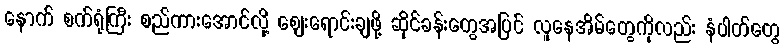
နောက် စက်ရုံကြီး စည်ကားအောင်လို့ ဈေးရောင်းချဖို့ ဆိုင်ခန်းတွေအပြင် လူနေအိမ်တွေကိုလည်း နံပါတ်တွေ